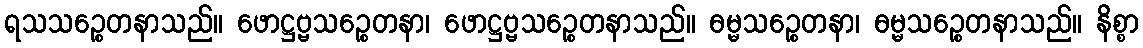
ရသသဉ္စေတနာသည်။ ဖောဋ္ဌဗ္ဗသဉ္စေတနာ၊ ဖောဋ္ဌဗ္ဗသဉ္စေတနာသည်။ ဓမ္မသဉ္စေတနာ၊ ဓမ္မသဉ္စေတနာသည်။ နိစ္စာ